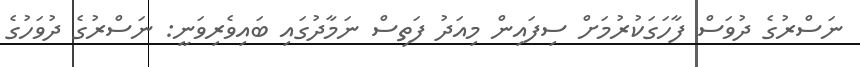
ނަސްރުގެ ދުވަސް ފާހަގަކުރުމަށް ސިފައިން މިއަދު ފަތިސް ނަމާދުގައި ބައިވެރިވަނީ: ނަސްރުގެ ދުވަހުގެ